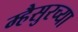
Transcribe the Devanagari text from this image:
म्हैसुरच्या